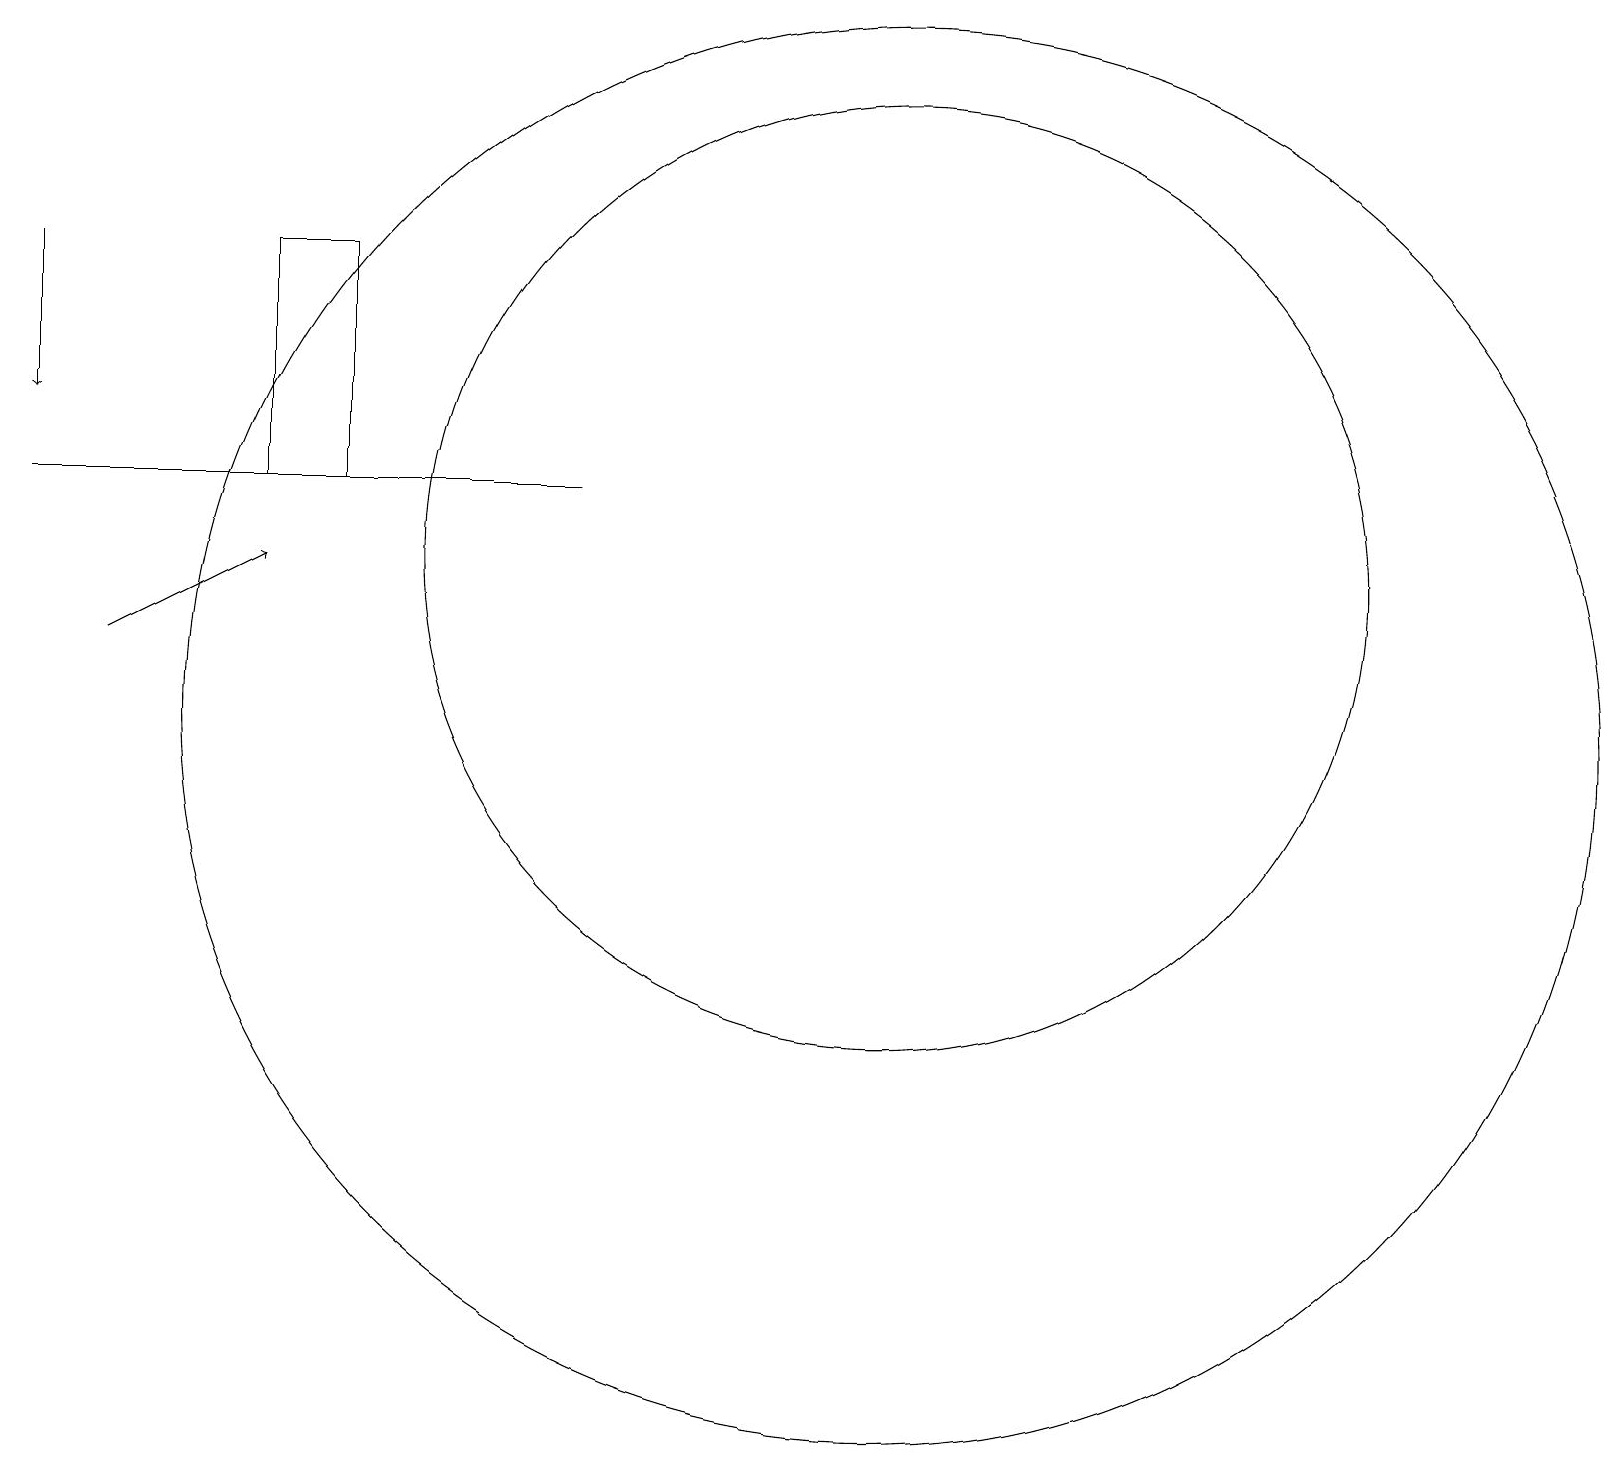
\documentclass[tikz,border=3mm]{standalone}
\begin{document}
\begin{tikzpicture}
\draw[->] (1,11) -- (3,12);
\draw (4,13) rectangle (3,16);
\draw (11,10) circle (9);
\draw (11,12) circle (6);
\draw[->] (0,16) -- (0,14);
\draw (0,13) rectangle (7,13);
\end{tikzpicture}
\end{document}